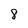
Character: 8